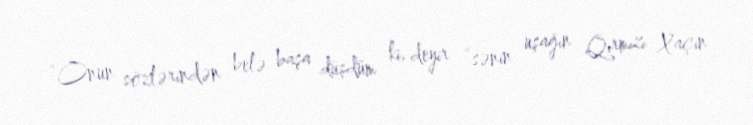
“Onun sözlərindən belə başa düşdüm ki, deyir “sənin uşağın Qırmızı Xaçın